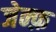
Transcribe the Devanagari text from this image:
जेन्फ़